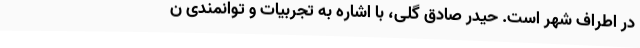
در اطراف شهر است. حیدر صادق گلی، با اشاره به تجربیات و توانمندی ن